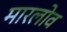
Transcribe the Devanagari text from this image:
मारलोव